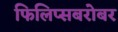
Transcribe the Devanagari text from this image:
फिलिप्सबरोबर